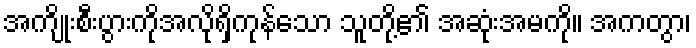
အကျိုးစီးပွားကိုအလိုရှိကုန်သော သူတို့၏ အဆုံးအမကို။ အကတွာ၊